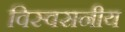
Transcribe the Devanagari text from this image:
विस्वसनीय